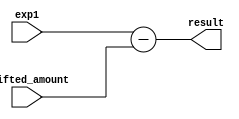
module subtract (
	exp1,
	shifted_amount,
	result
);
	input [7:0] exp1;
	input [7:0] shifted_amount;
	output [7:0] result;
	reg [8:0] u_exp1;
	reg [8:0] u_shifted_amount;
	reg [8:0] u_result;
	always @(*) begin
		u_exp1 = {1'b0, exp1};
		u_shifted_amount = {1'b0, shifted_amount};
		u_result = u_exp1 - u_shifted_amount;
	end
	assign result = u_result[7:0];
endmodule